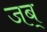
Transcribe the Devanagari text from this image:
जब्